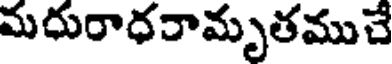
మదురాధరామృతముచే